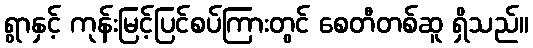
ရွာနှင့် ကုန်းမြင့်ပြင်စပ်ကြားတွင် စေတီတစ်ဆူ ရှိသည်။